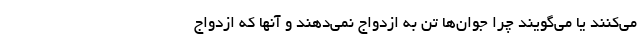
می‌کنند یا می‌گویند چرا جوان‌ها تن به ازدواج نمی‌دهند و آنها که ازدواج